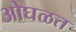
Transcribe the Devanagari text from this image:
ओघळत